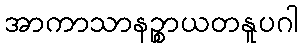
အာကာသာနဉ္စာယတနူပဂါ